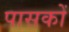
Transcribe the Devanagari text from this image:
पासकों